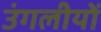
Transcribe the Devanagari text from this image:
उंगलीयों